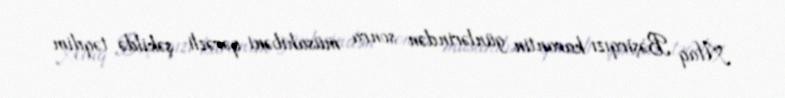
Afaq Bəşirqızı karantin günlərindən sonra müsahibəni qərəzli şəkildə təqdim